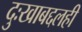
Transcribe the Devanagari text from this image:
दुःखाबद्दलही